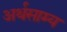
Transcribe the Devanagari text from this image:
अर्थसाम्य